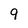
Character: 9